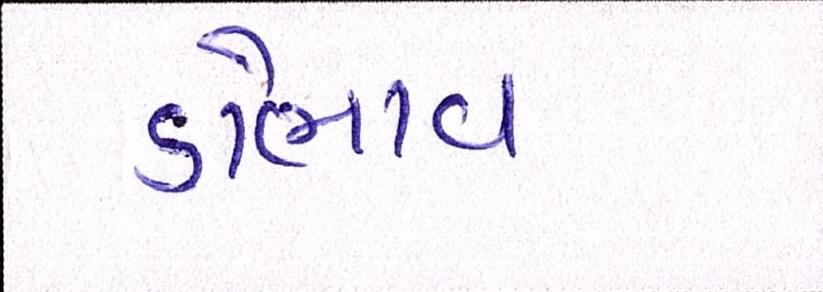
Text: ડોભાલ